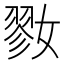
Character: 𡠢